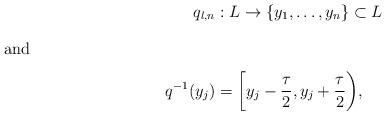
LaTeX: \begin{align*}q_{l,n}&:L \rightarrow \{y_1,\ldots,y_{n}\} \subset L \\\intertext{and}q^{-1}(y_j) &= \biggl[ y_j - \frac{\tau}{2}, y_j + \frac{\tau}{2} \biggr), \end{align*}